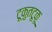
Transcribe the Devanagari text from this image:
टूकुतटूकू